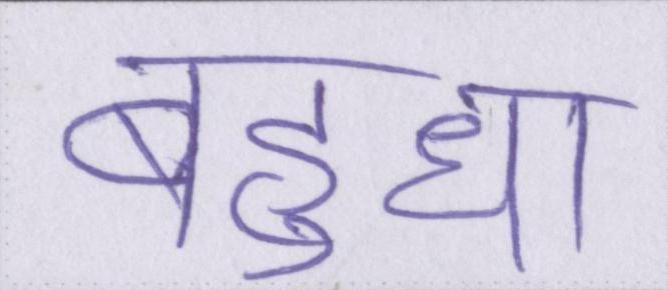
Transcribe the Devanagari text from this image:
बहुधा